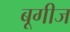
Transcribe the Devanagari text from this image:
बूगीज